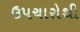
ઉપચારોથી